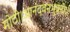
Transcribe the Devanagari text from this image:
मोठी।आनंदवनभुवनी।।